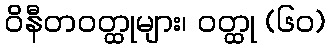
ဝိနီတဝတ္ထုများ၊ ဝတ္ထု (၆၀)